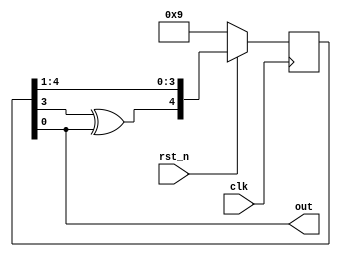
`timescale 1ns/1ps

module LFSR (clk, rst_n, out);
input clk, rst_n;
output out;
reg [5-1:0] data, nxt_data;

assign out = data[0];

always @(posedge clk) begin
    if (!rst_n) begin
        data <= 5'b01001;
    end else begin
        data <= nxt_data;
    end
end

always @(*) begin
    nxt_data = {(data[3]^data[0]), data[4:1]};
end

endmodule